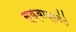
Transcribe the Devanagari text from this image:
स्क्वाड्रनंे